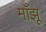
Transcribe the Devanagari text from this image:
माँझू